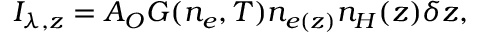
I _ { \lambda , z } = A _ { O } G ( n _ { e } , T ) n _ { e ( z ) } n _ { H } ( z ) \delta z ,